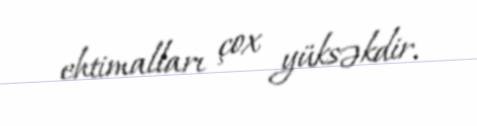
ehtimalları çox yüksəkdir.